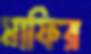
মাফির